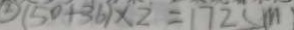
( 5 0 + 3 6 ) \times 2 = 1 7 2 ( m )